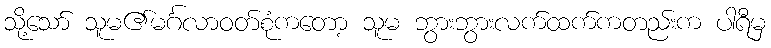
သို့သော် သူမ၏မင်္ဂလာဝတ်စုံကတော့ သူမ ဘွားဘွားလက်ထက်ကတည်းက ပါရီမှ